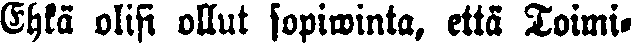
Ehkä olisi ollut sopiwinta, että Toimi-